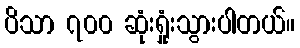
ပိသာ ၇၀၀ ဆုံးရှုံးသွားပါတယ်။